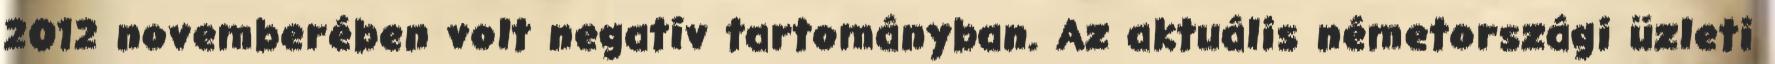
2012 novemberében volt negatív tartományban. Az aktuális németországi üzleti